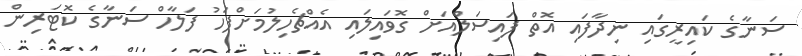
ސަނާގެ ކައިރީގައި ނިދާފައި އޮތް ފައިސަލްއަށް ގޮވައިލައި އެއްޗެހިލުމަށްފަހު ފަލާހް ސަނާގެ ކޮޓަރިން